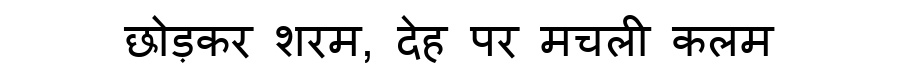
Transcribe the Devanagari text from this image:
छोड़कर शरम, देह पर मचली कलम